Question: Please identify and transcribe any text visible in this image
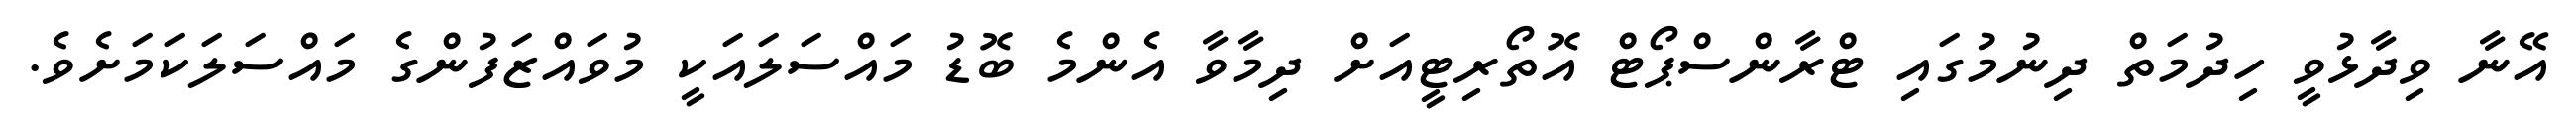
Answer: އޭނާ ވިދާޅުވީ ހިދުމަތް ދިނުމުގައި ޓްރާންސްޕޯޓް އޮތޯރިޓީއަށް ދިމާވާ އެންމެ ބޮޑު މައްސަލައަކީ މުވައްޒަފުންގެ މައްސަލަކަމަށެވެ.